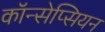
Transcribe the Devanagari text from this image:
कॉन्सेप्सियन